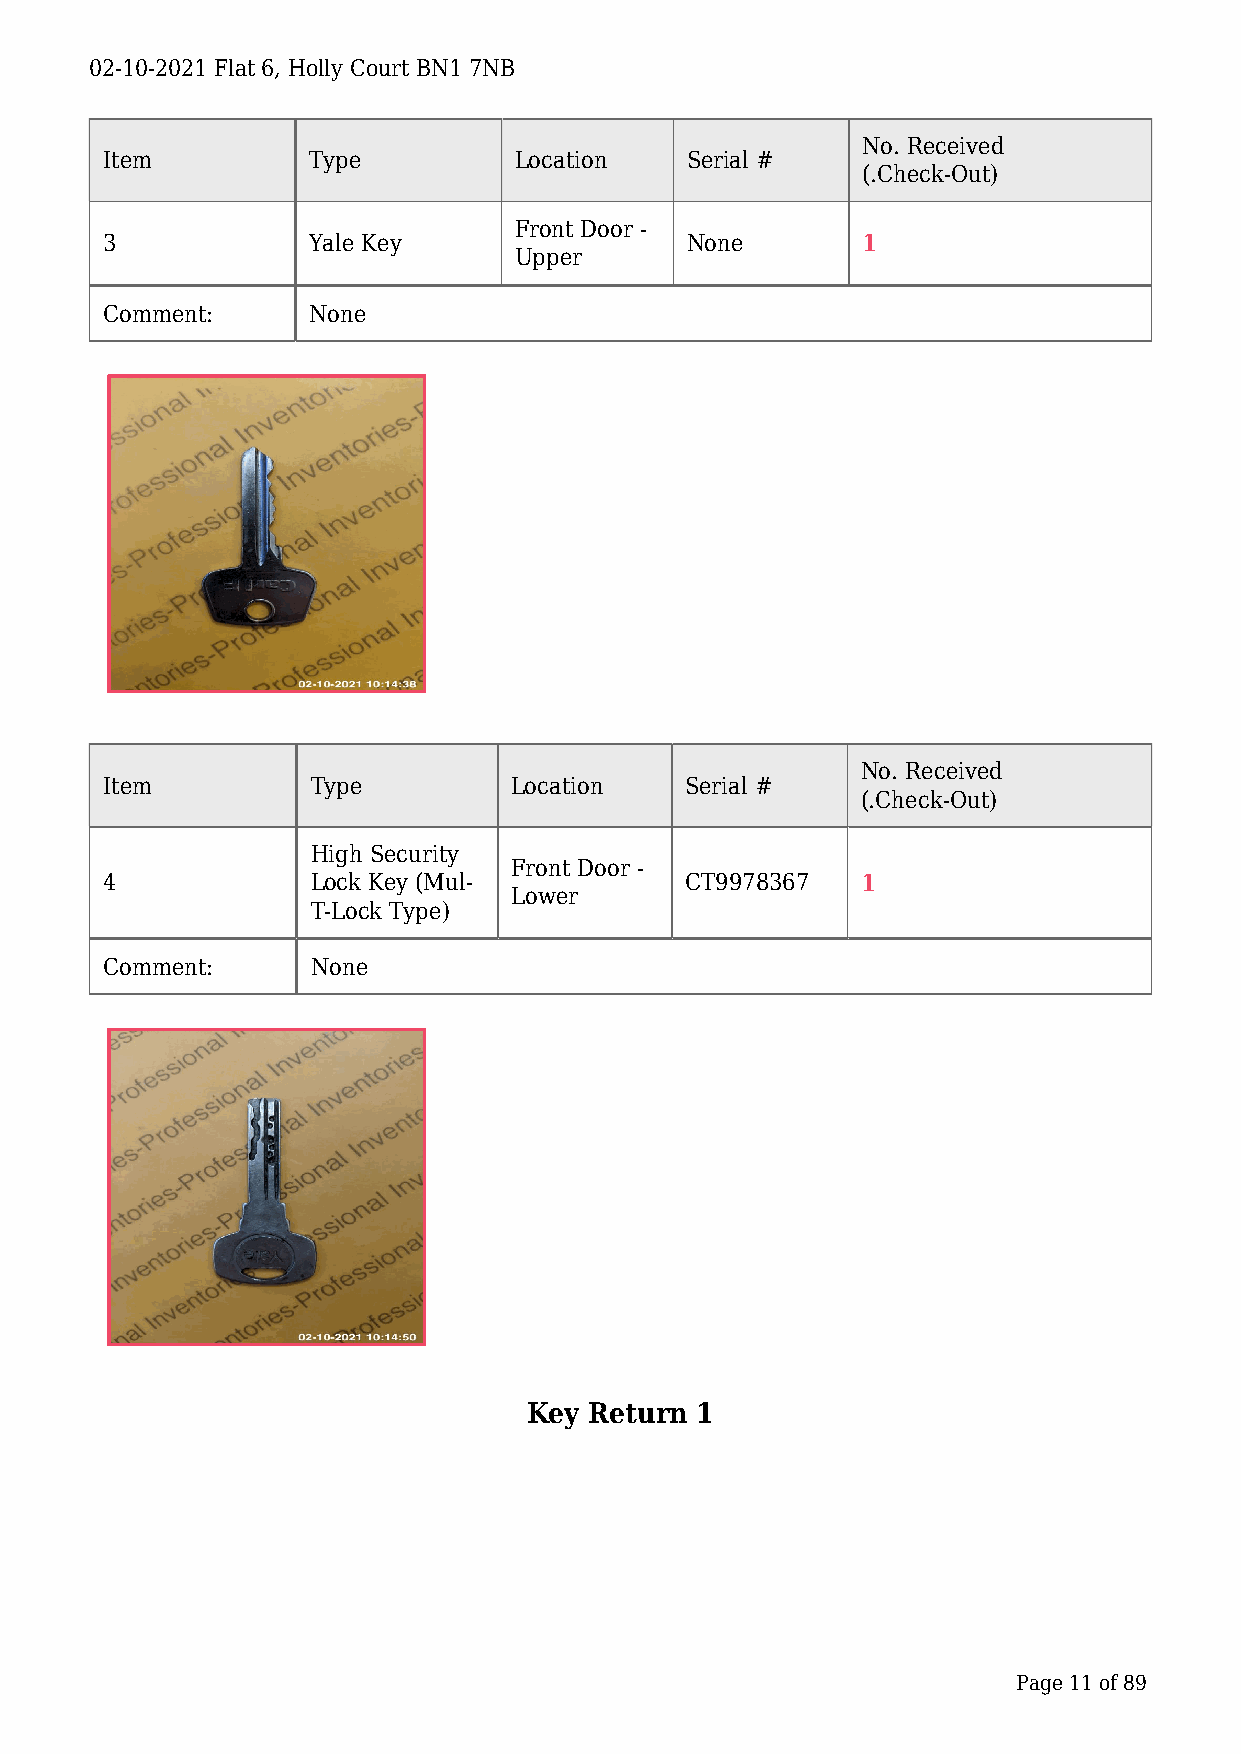
02-10-2021 Flat 6, Holly Court BN1 7NB
 No. Received
 Item         Type          Location   Serial #
 (.Check-Out)
 Front Door -
 3            Yale Key                 None        1
 Upper
 Comment:     None
 No. Received
 Item          Type         Location   Serial #
 (.Check-Out)
 High Security
 Front Door -
 4             Lock Key (Mul-          CT9978367   1
 Lower
 T-Lock Type)
 Comment:      None
 Key Return 1
 Page 11 of 89